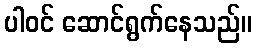
ပါဝင် ဆောင်ရွက်နေသည်။